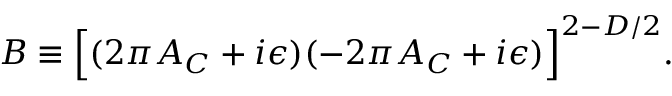
{ \cal B } \equiv \Bigl [ ( 2 \pi { \cal A } _ { C } + i \epsilon ) ( - 2 \pi { \cal A } _ { C } + i \epsilon ) \Bigr ] ^ { 2 - D / 2 } .